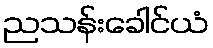
ညသန်းခေါင်ယံ